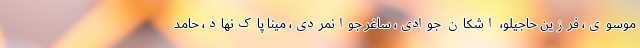
موسوی، فرزین حاجیلو، اشکان جوادی، ساغر جوانمردی، مینا پاک‌نهاد، حامد